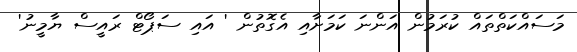
މަސައްކަތްތައް ކުރަމުން އަންނަ ކަމަށާއި އެގޮތުން ' އައި ސަޕޯޓް ރައީސް ޔާމީނު'